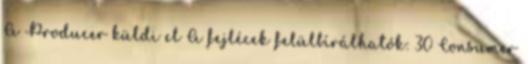
A Producer küldi el A fejlécek felülbírálhatók: 30 Consumer